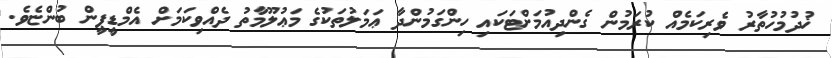
ޚުދުމުހުތާރު ވެރިކަމެއް ކުރަމުން ގެންދިއުމަށްޓަކައި ހިންގަމުންދާ ޢަމަލުތަކުގެ މަޢުލޫމާތު ދެއްވިކަމަށް އެމްޑީޕީން ބުންޏެވެ.